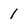
Character: 1